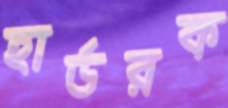
হার্ডরক